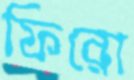
ফিরো